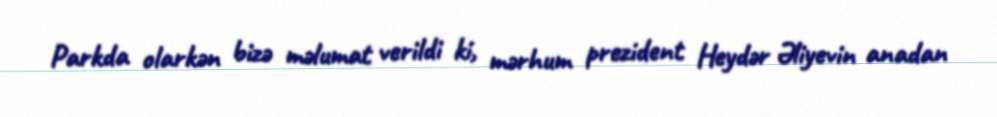
Parkda olarkən bizə məlumat verildi ki, mərhum prezident Heydər Əliyevin anadan